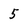
Character: 5